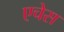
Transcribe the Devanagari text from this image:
एचेस